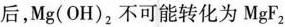
后，Mg(OH)_{2}不可能转化为MgF_{2}